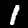
Digit: 1